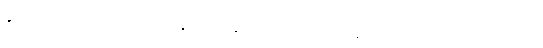
ချမ်းသာသောအားဖြင့်။ သမနုပဿန္တော၊ ကောင်းစွာအဘန်တလဲလဲရှုသော။ သောဘိက္ခု၊